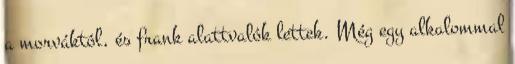
a morváktól, és frank alattvalók lettek. Még egy alkalommal